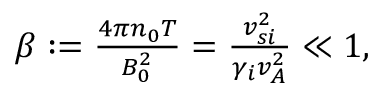
\begin{array} { r } { \beta : = \frac { 4 \pi n _ { 0 } T } { B _ { 0 } ^ { 2 } } = \frac { v _ { s i } ^ { 2 } } { \gamma _ { i } v _ { A } ^ { 2 } } \ll 1 , } \end{array}